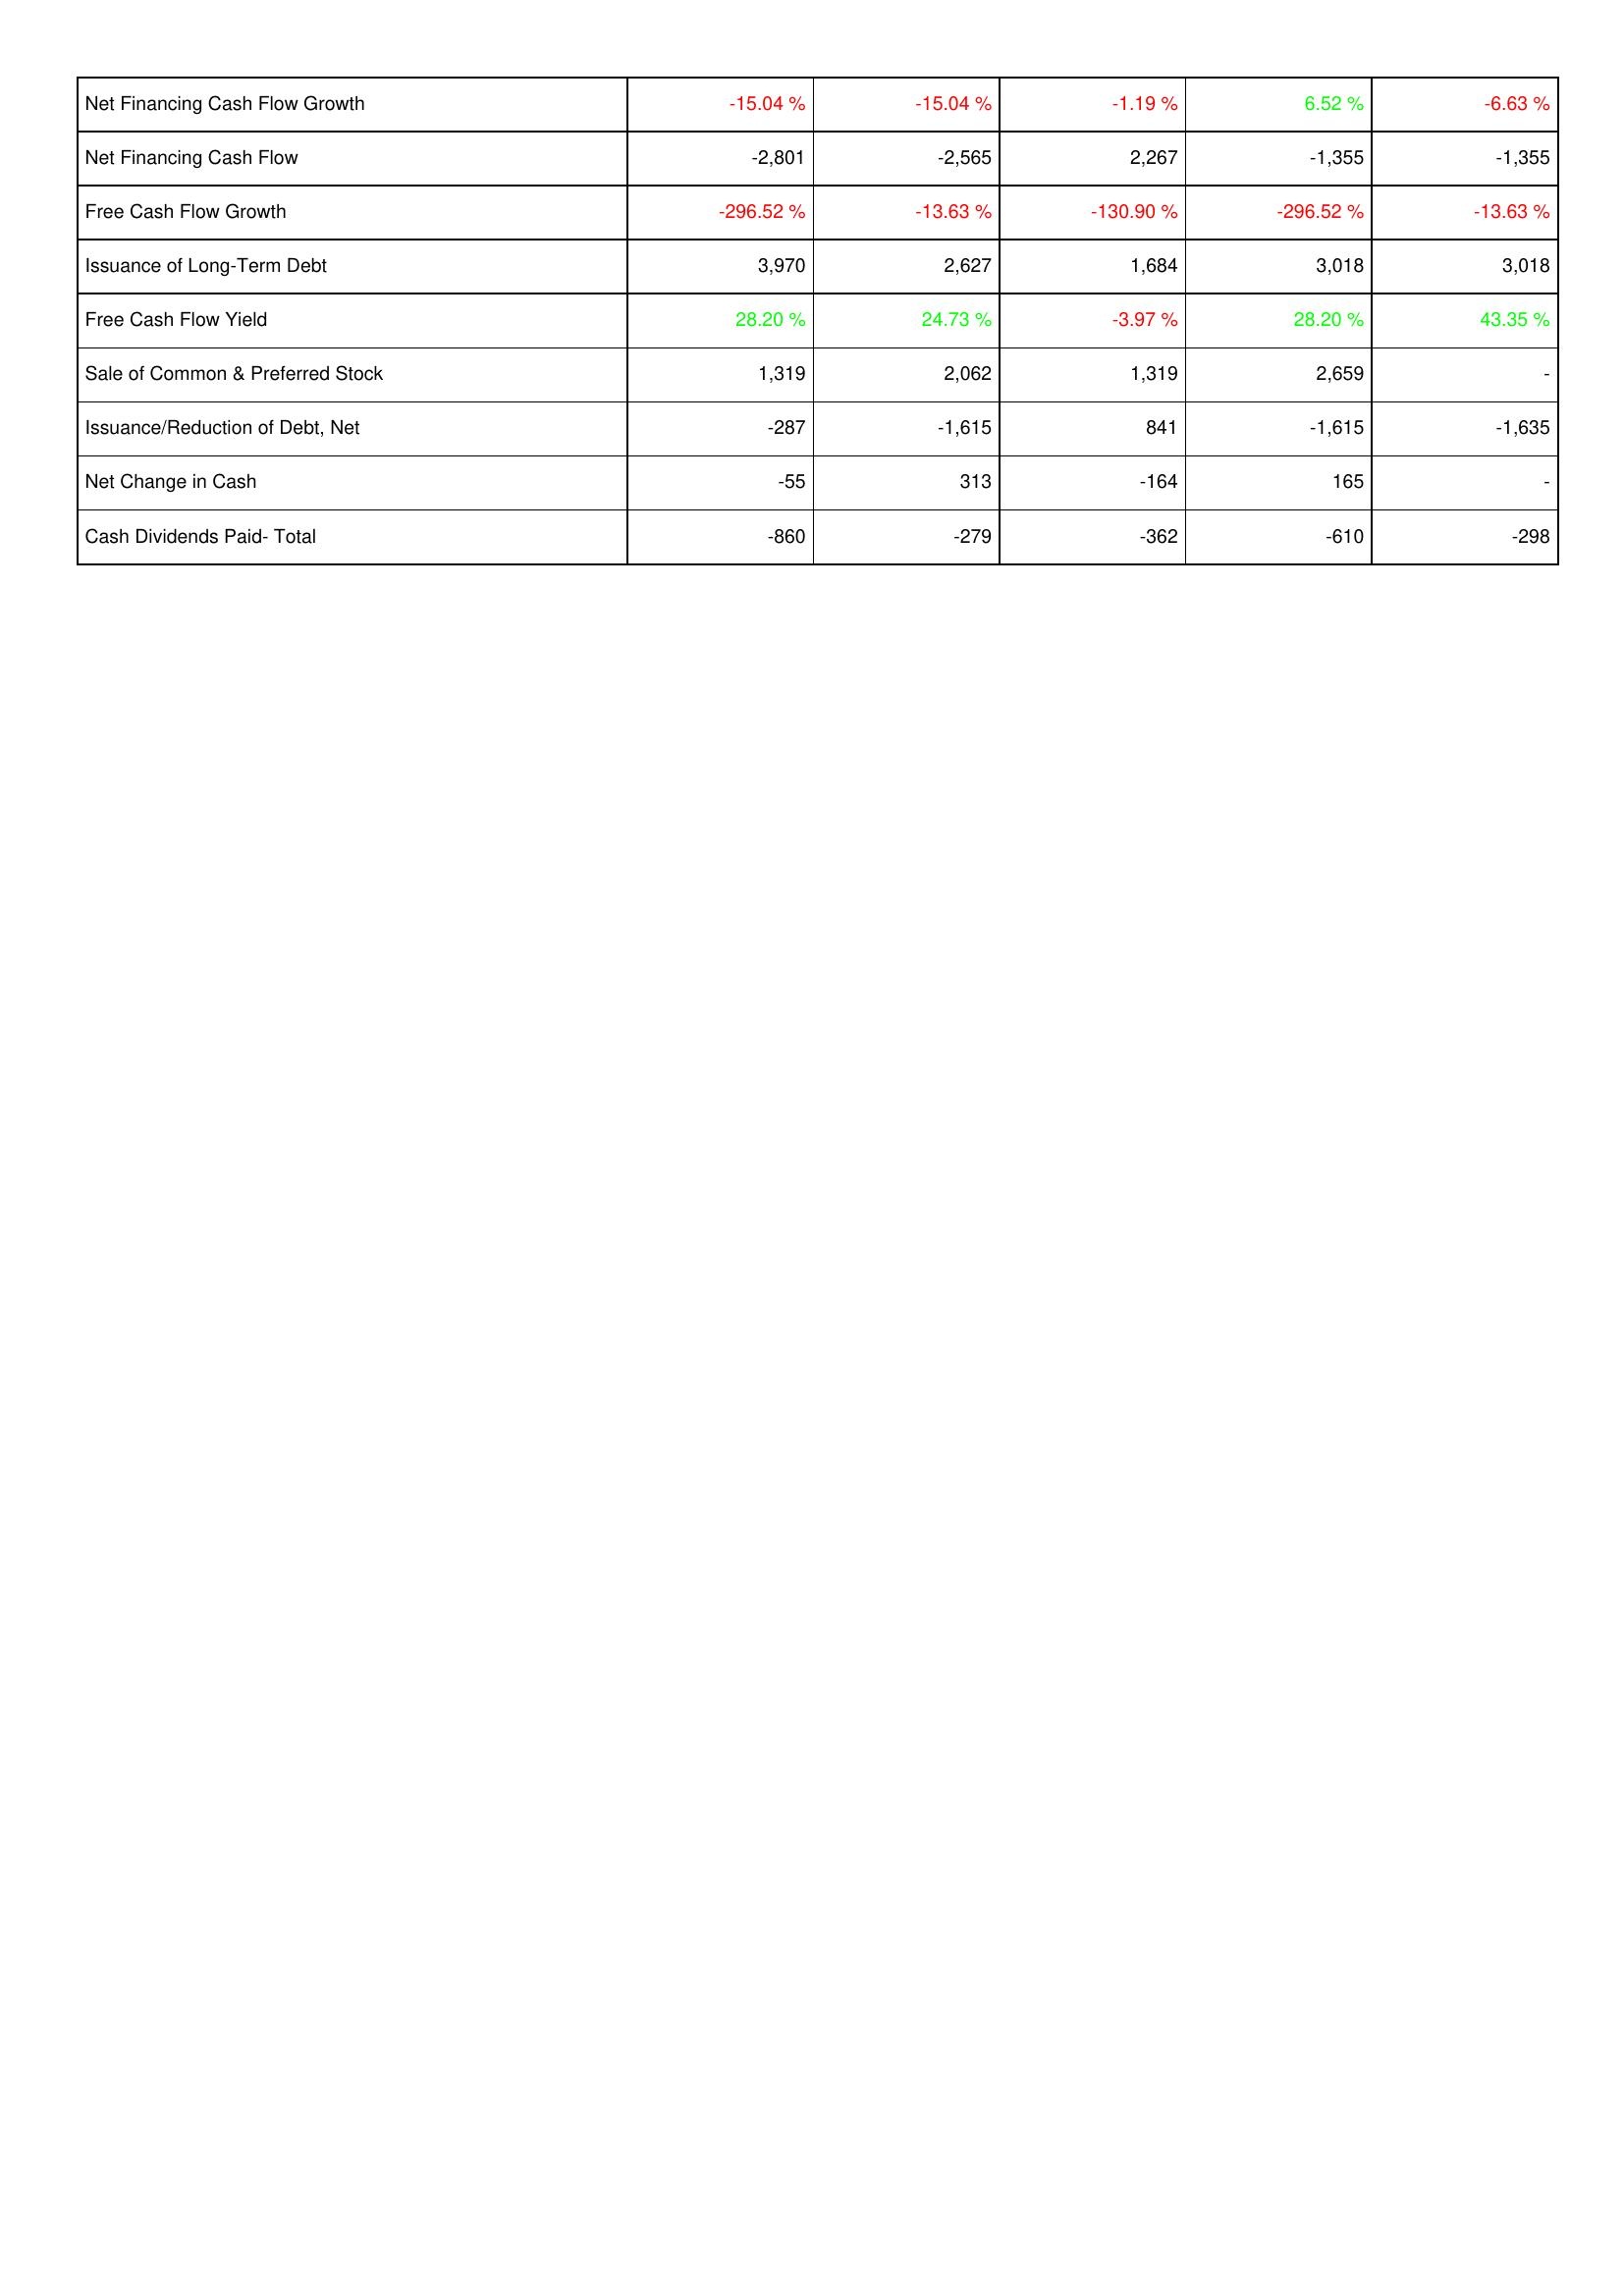
2012: Financing Activities: Net Financing Cash Flow Growth: -15.04 %
Net Financing Cash Flow: -2,801
Free Cash Flow Growth: -296.52 %
Issuance of Long-Term Debt: 3,970
Free Cash Flow Yield: 28.20 %
Sale of Common & Preferred Stock: 1,319
Issuance/Reduction of Debt, Net: -287
Net Change in Cash: -55
Cash Dividends Paid- Total: -860
2011: Financing Activities: Net Financing Cash Flow Growth: -15.04 %
Net Financing Cash Flow: -2,565
Free Cash Flow Growth: -13.63 %
Issuance of Long-Term Debt: 2,627
Free Cash Flow Yield: 24.73 %
Sale of Common & Preferred Stock: 2,062
Issuance/Reduction of Debt, Net: -1,615
Net Change in Cash: 313
Cash Dividends Paid- Total: -279
2010: Financing Activities: Net Financing Cash Flow Growth: -1.19 %
Net Financing Cash Flow: 2,267
Free Cash Flow Growth: -130.90 %
Issuance of Long-Term Debt: 1,684
Free Cash Flow Yield: -3.97 %
Sale of Common & Preferred Stock: 1,319
Issuance/Reduction of Debt, Net: 841
Net Change in Cash: -164
Cash Dividends Paid- Total: -362
2009: Financing Activities: Net Financing Cash Flow Growth: 6.52 %
Net Financing Cash Flow: -1,355
Free Cash Flow Growth: -296.52 %
Issuance of Long-Term Debt: 3,018
Free Cash Flow Yield: 28.20 %
Sale of Common & Preferred Stock: 2,659
Issuance/Reduction of Debt, Net: -1,615
Net Change in Cash: 165
Cash Dividends Paid- Total: -610
2008: Financing Activities: Net Financing Cash Flow Growth: -6.63 %
Net Financing Cash Flow: -1,355
Free Cash Flow Growth: -13.63 %
Issuance of Long-Term Debt: 3,018
Free Cash Flow Yield: 43.35 %
Sale of Common & Preferred Stock: -
Issuance/Reduction of Debt, Net: -1,635
Net Change in Cash: -
Cash Dividends Paid- Total: -298